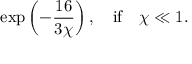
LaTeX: \exp \left( - \frac { 1 6 } { 3 \chi } \right) , \quad \mathrm { i f } \quad \chi \ll 1 .